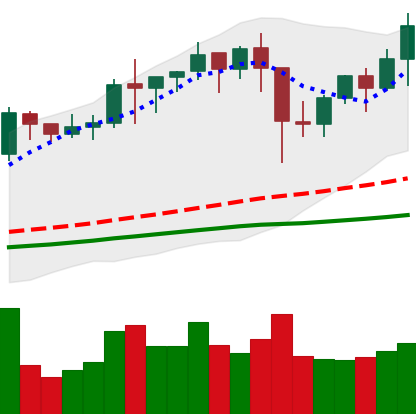
Ticker: BNB-USD
Chart end date: 2021-01-17
Forward return: -10.566%
Label: down_7plus